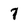
Character: 7